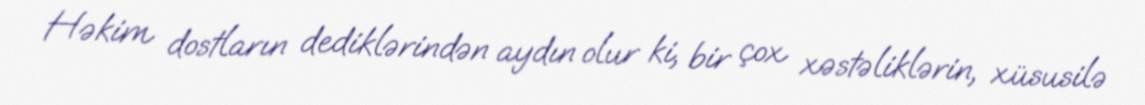
Həkim dostların dediklərindən aydın olur ki, bir çox xəstəliklərin, xüsusilə